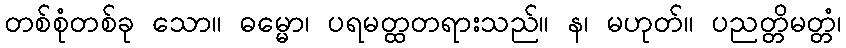
တစ်စုံတစ်ခု သော။ ဓမ္မော၊ ပရမတ္ထတရားသည်။ န၊ မဟုတ်။ ပညတ္တိမတ္တံ၊